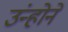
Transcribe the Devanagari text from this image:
उंन्होने